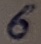
Text: 6